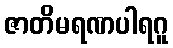
ဇာတိမရဏပါရဂူ